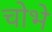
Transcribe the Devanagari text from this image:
चोभे